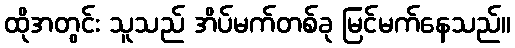
ထိုအတွင်း သူသည် အိပ်မက်တစ်ခု မြင်မက်နေသည်။